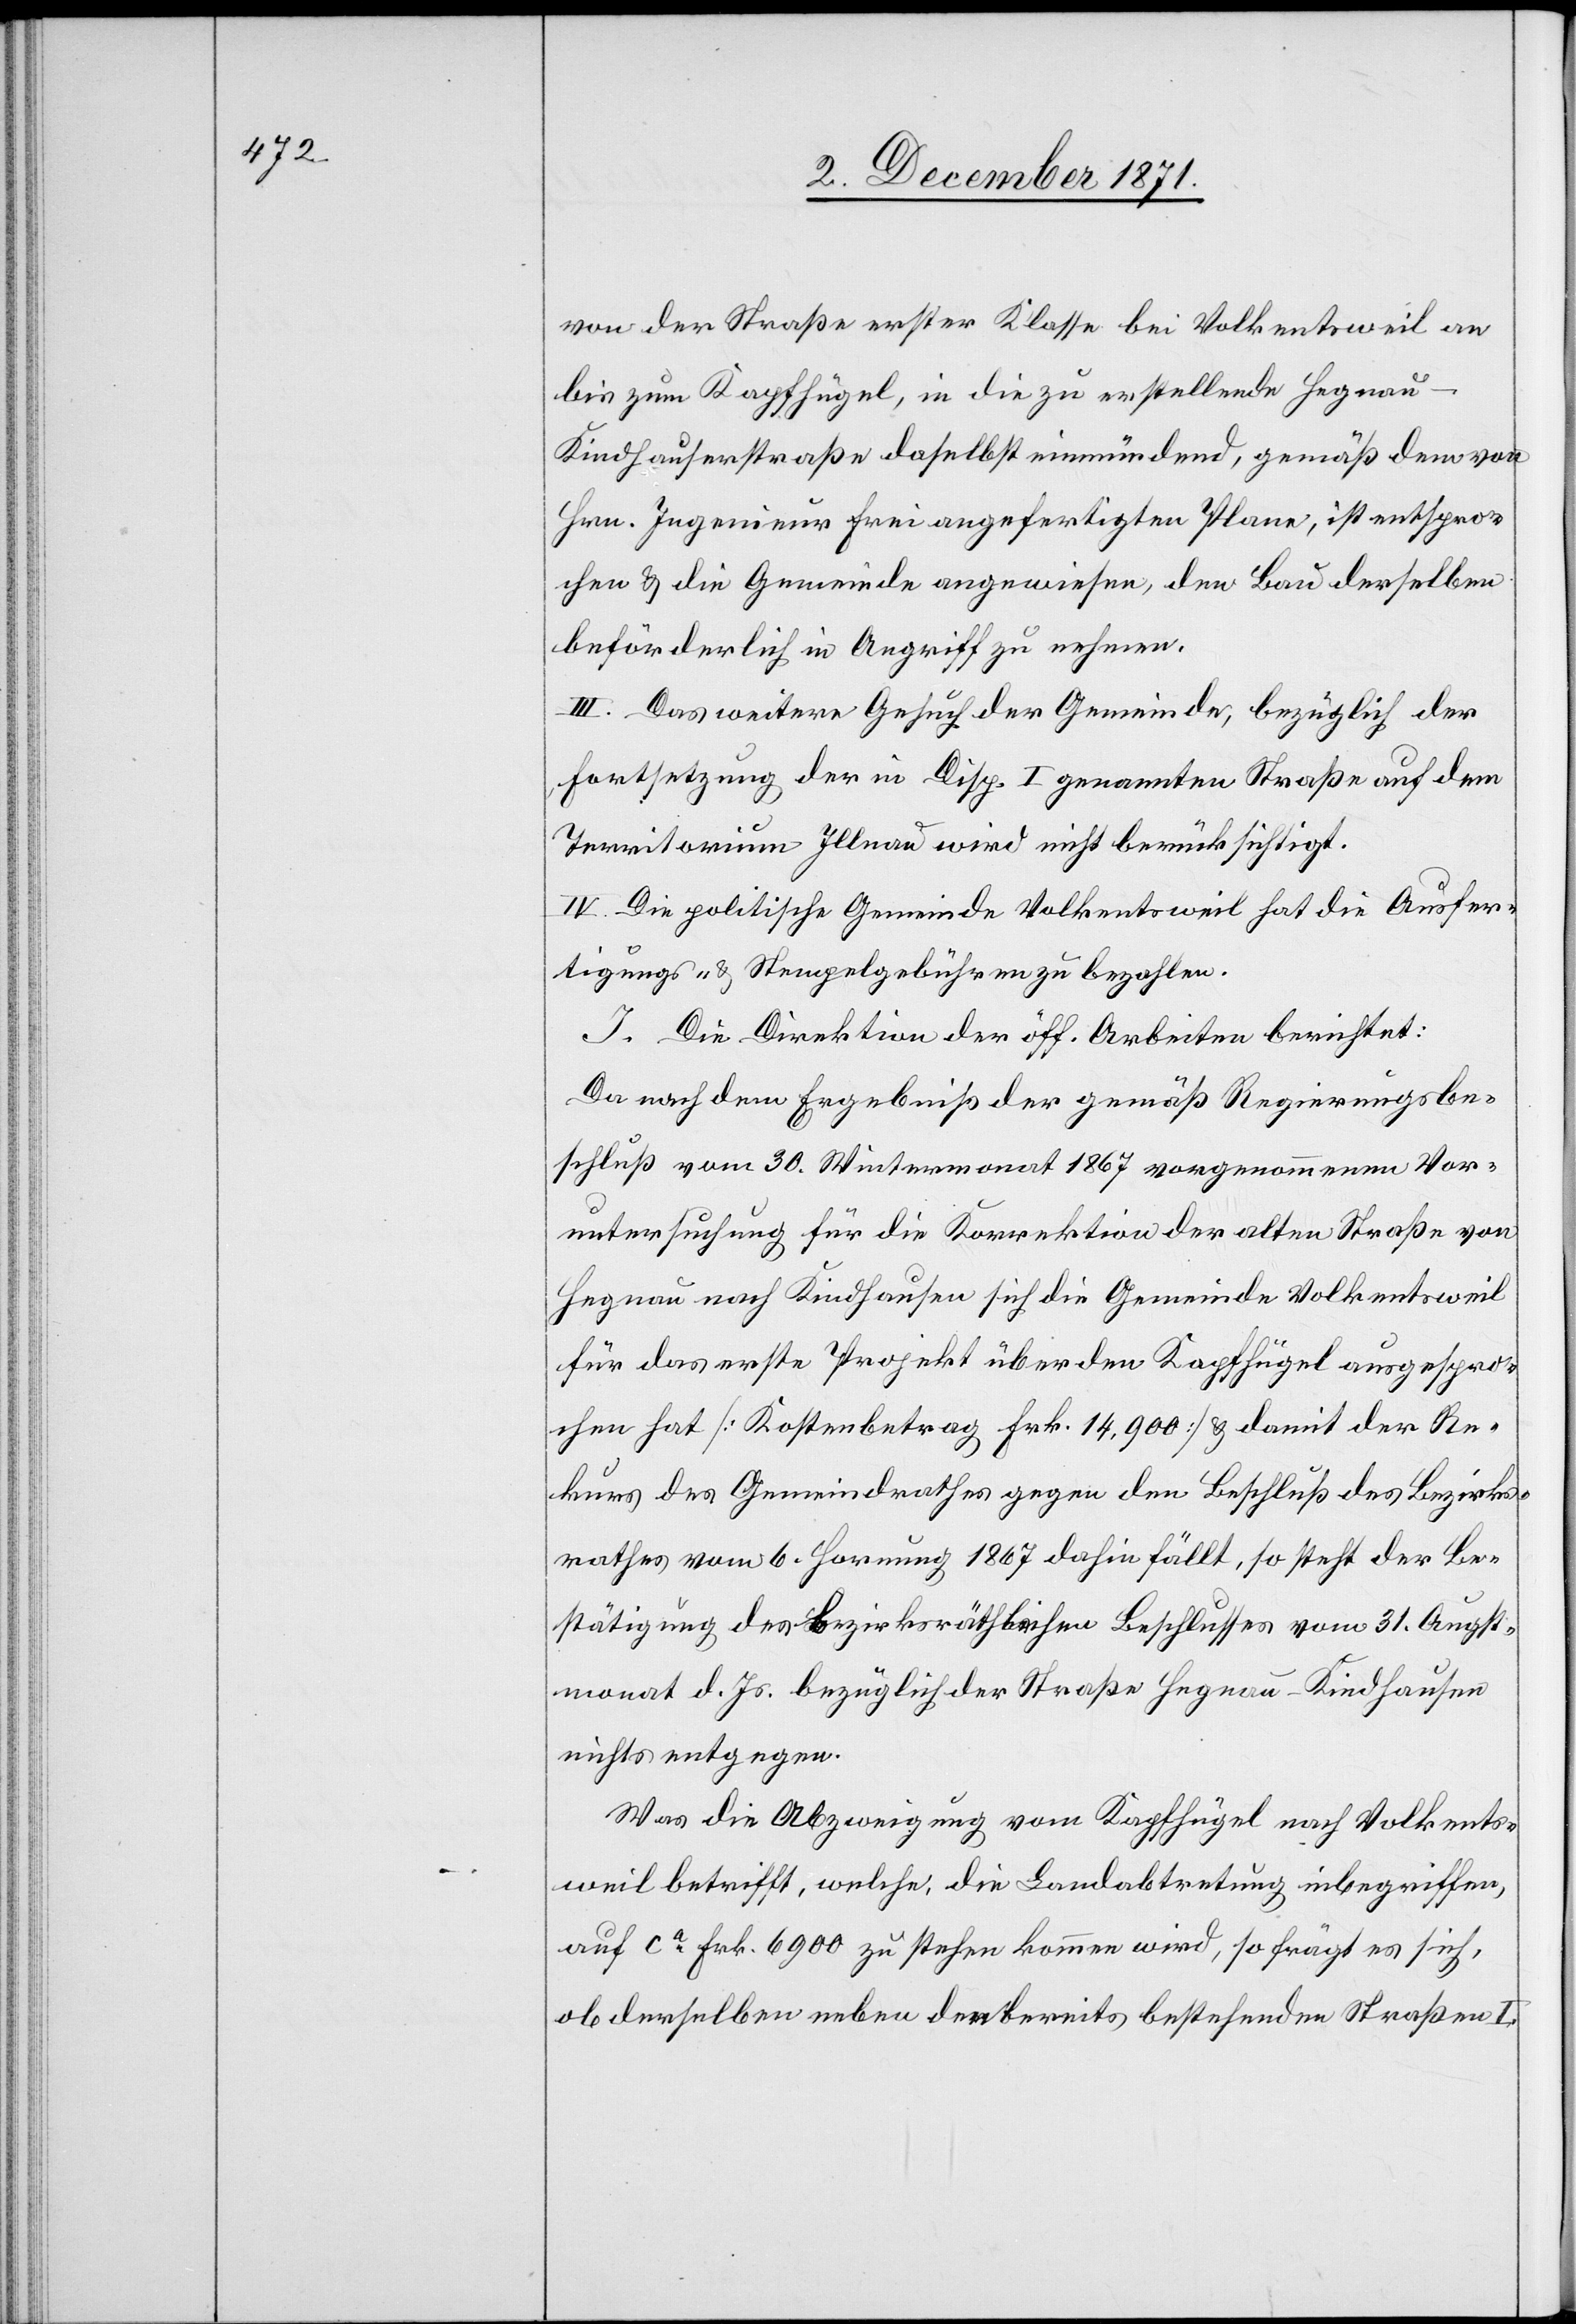
von der Straße erster Klasse bei Volkentsweil an
bis zum Kapfhügel, in die zu erstellende Hegnau–K¬
indhausenstraße daselbst einmündend, gemäß dem von
Hrn. Ingenieur Frei angefertigten Plane, ist entspro¬
chen & die Gemeinde angewiesen, den Bau derselben
beförderlich in Angriff zu nehmen.
III. Das weitere Gesuch der Gemeinde, bezüglich der
Fortsetzung der in Disp. I genannten Straße auf dem
Territorium Illnau wird nicht berücksichtigt.
IV. Die politische Gemeinde Volkentsweil hat die Ausfer¬
tigungs- & Stempelgebühren zu bezahlen.
J. Die Direktion der öff. Arbeiten berichtet:
Da nach dem Ergebniß der gemäß Regierungsbe¬
schluß vom 30. Wintermonat 1867 vorgenommenen Vor¬
untersuchung für die Korrektion der alten Straße von
Hegnau nach Kindhausen sich die Gemeinde Volkentsweil
für das erste Projekt über den Kapfhügel ausgespro¬
chen hat [Kostenbetrag Frk. 14,900] & damit der Re¬
kurs des Gemeindrathes gegen den Beschluß des Bezirks¬
rathes vom 6. Hornung 1867 dahin fällt, so steht der Be¬
stätigung des bezirksräthlichen Beschlusses vom 31. Augst¬
monat d. Js. bezüglich der Straße Hegnau–Kindhausen
nichts entgegen.
Was die Abzweigung vom Kapfhügel nach Volkents¬
weil betrifft, welche, die Landabtretung inbegriffen
auf ca. Frk. 6900 zu stehen kommen wird, so frägt es sich,
ob derselben neben den bereits bestehenden Straßen I.